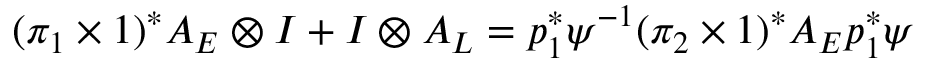
( \pi _ { 1 } \times 1 ) ^ { * } A _ { E } \otimes I + I \otimes A _ { L } = p _ { 1 } ^ { * } \psi ^ { - 1 } ( \pi _ { 2 } \times 1 ) ^ { * } A _ { E } p _ { 1 } ^ { * } \psi